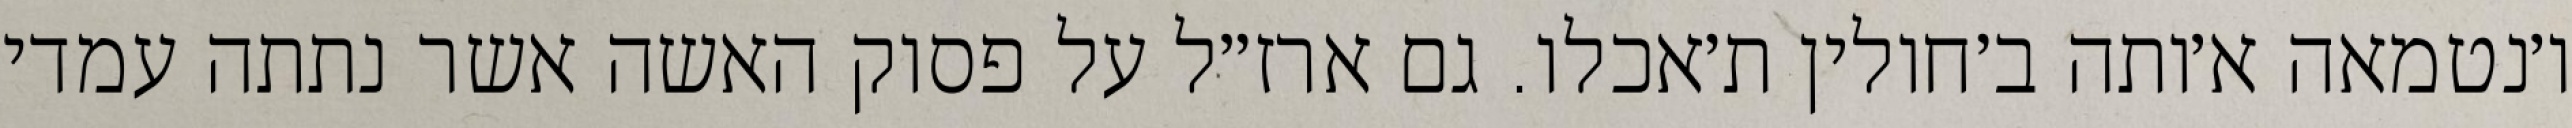
ו׳נטמאה א׳ותה ב׳חולין ת׳אכלו. גם ארז״ל על פסוק האשה אשר נתתה עמדי